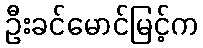
ဦးခင်မောင်မြင့်က